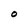
Character: O